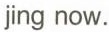
jing now.